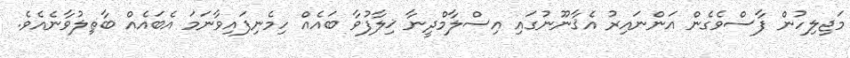
މަޖިލިހުން ފާސްވެގެން އަންނައިރު އެޤާނޫނުގައި އިސްލާމްދީނާ ޚިލާފުވާ ބައެއް ހިމެނިފައިވާނަމަ އެބައެއް ބާޠިލުވާނެއެވެ.